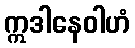
ဣဒါနေဝါဟံ